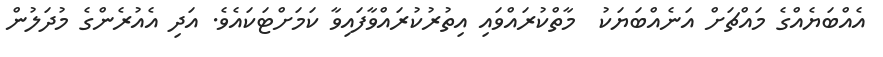
އެއްބަޔެއްގެ މައްޗަށް އަނެއްބަޔަކު  މާތްކުރައްވައި އިތުރުކުރައްވާފައިވާ ކަމަށްޓަކައެވެ. އަދި އެއުރެންގެ މުދަލުން